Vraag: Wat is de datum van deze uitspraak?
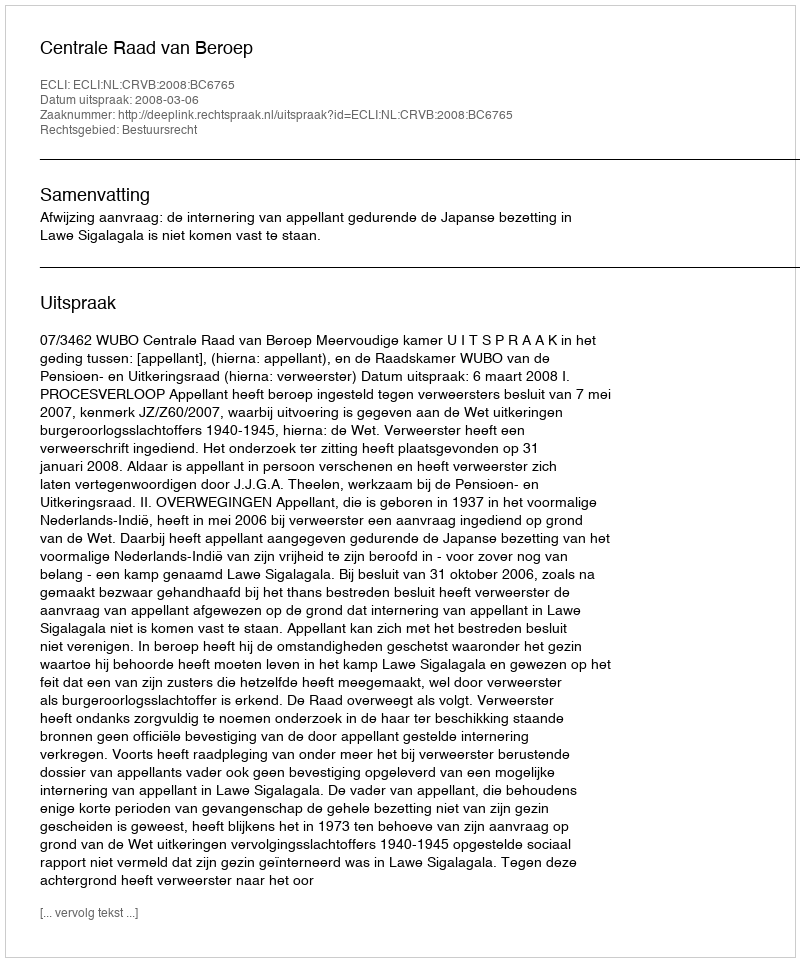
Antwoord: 2008-03-06